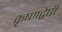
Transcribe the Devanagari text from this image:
कृष्णद्वेषी